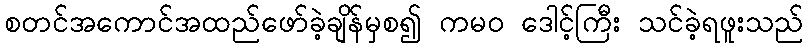
စတင်အကောင်အထည်ဖော်ခဲ့ချိန်မှစ၍ ကမဝ ဒေါင့်ကြီး သင်ခဲ့ရဖူးသည်